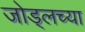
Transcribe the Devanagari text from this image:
जोड्लच्या